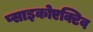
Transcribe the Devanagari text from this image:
प्साइकोएक्टिव